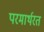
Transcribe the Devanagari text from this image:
परमार्थरत